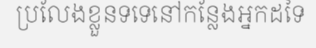
ប្រលែងខ្លួនទទេនៅកន្លែងអ្នកដទៃ